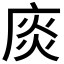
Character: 𢉘